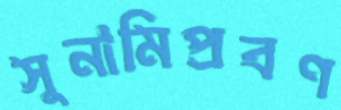
সুনামিপ্রবণ